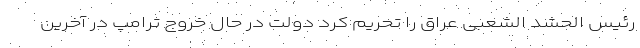
رئیس الحشد الشعبی عراق را تحریم کرد دولت در حال خروج ترامپ در آخرین